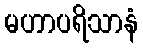
မဟာပရိသာနံ